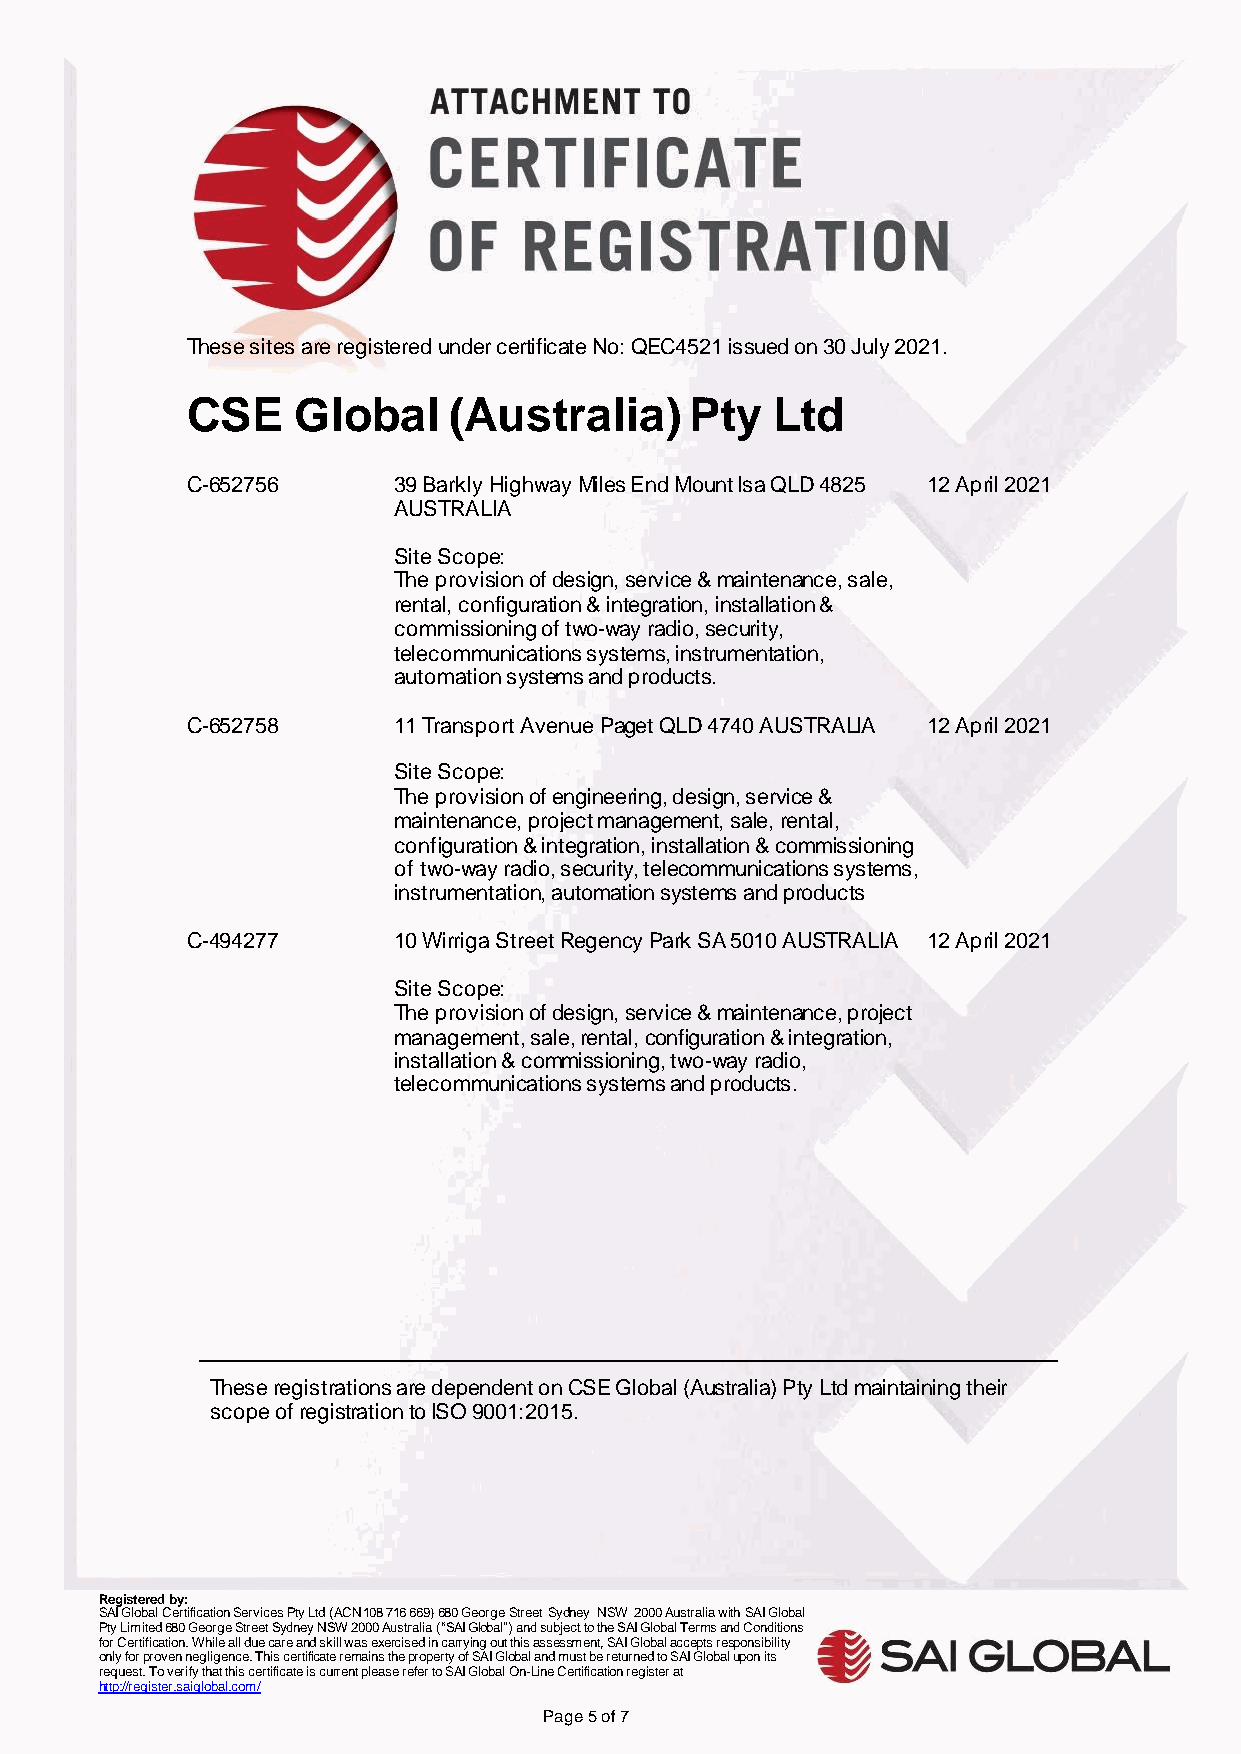
These sites are registered under certificate No: QEC4521 issued on 30 July 2021.
 CSE    Global     (Australia)     Pty  Ltd
 C-652756      39 Barkly Highway Miles End Mount Isa QLD 4825 12 April 2021
 AUSTRALIA
 Site Scope:
 The provision of design, service & maintenance, sale,
 rental, configuration & integration, installation &
 commissioning of two-way radio, security,
 telecommunications systems, instrumentation,
 automation systems and products.
 C-652758      11 Transport Avenue Paget QLD 4740 AUSTRALIA 12 April 2021
 Site Scope:
 The provision of engineering, design, service &
 maintenance, project management, sale, rental,
 configuration & integration, installation & commissioning
 of two-way radio, security, telecommunications systems,
 instrumentation, automation systems and products
 C-494277      10 Wirriga Street Regency Park SA 5010 AUSTRALIA 12 April 2021
 Site Scope:
 The provision of design, service & maintenance, project
 management, sale, rental, configuration & integration,
 installation & commissioning, two-way radio,
 telecommunications systems and products.
 These registrations are dependent on CSE Global (Australia) Pty Ltd maintaining their
 scope of registration to ISO 9001:2015.
 Registered by:
 SAI Global Certification Services Pty Ltd (ACN 108 716 669) 680 George Street Sydney NSW 2000 Australia with SAI Global
 Pty Limited 680 George Street Sydney NSW 2000 Australia (“SAI Global”) and subject to the SAI Global Terms and Conditions
 for Certification. While all due care and skill was exercised in carrying out this assessment, SAI Global accepts responsibility
 only for proven negligence. This certificate remains the property of SAI Global and must be returned to SAI Global upon its
 request. To verify that this certificate is current please refer to SAI Global On-Line Certification register at
 http://register.saiglobal.com/
 Page 5 of 7